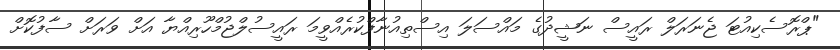
"ޕްރޮސެކިއުޓަ ޖެނަރަލް ރައީސް ނަޝީދުގެ މައްސަލަ އިސްތިއުނާފްކުރެއްވީމަ ރައީސުލްޖުމްހޫރިއްޔާ އަށް ވަރަށް ސާފުކޮށް